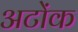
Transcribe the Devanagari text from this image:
अटोंक